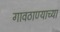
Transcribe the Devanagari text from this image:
गावठाण्याच्या